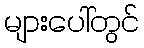
များပေါ်တွင်